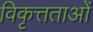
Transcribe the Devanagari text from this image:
विकृत्तताओं